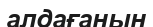
алдағанын